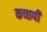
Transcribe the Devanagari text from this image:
कच्छपी